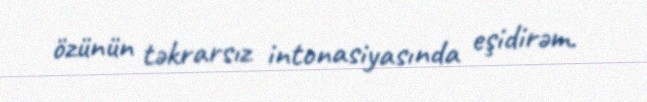
özünün təkrarsız intonasiyasında eşidirəm.